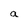
Character: a